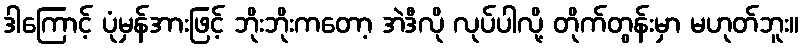
ဒါကြောင့် ပုံမှန်အားဖြင့် ဘိုးဘိုးကတော့ အဲဒီလို လုပ်ပါလို့ တိုက်တွန်းမှာ မဟုတ်ဘူး။